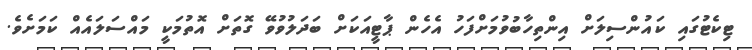
ޓިކެޓުގައި ކައުންސިލަށް އިންތިހާބުވުމަށްފަހު އެހެން ޕާޓީއަކަށް ބަދަލުވުވޭ ގޮތަށް އޮތުމަކީ މައްސަލައެއް ކަމަށެވެ.